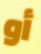
أو